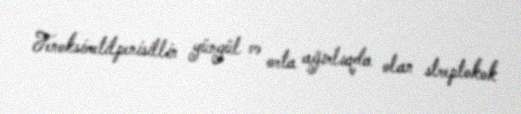
Fenoksimetilpenisillin yüngül və orta ağırlıqda olan streptokok